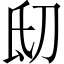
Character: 𬇉